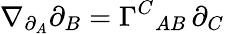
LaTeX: \nabla_{\partial_{A}}\partial_{B}=\Gamma^{C}{}_{AB}\, \partial_{C}